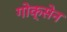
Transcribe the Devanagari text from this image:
गोक्सेन